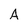
Character: A